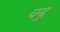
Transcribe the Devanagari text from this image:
चढु